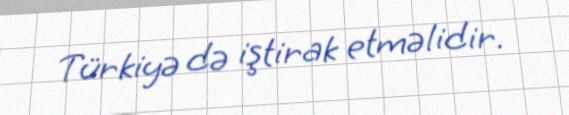
Türkiyə də iştirak etməlidir.